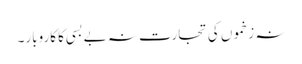
نہ زخموں کی تجارت نہ بے بسی کا کاروبار۔